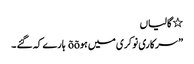
٭ گالیاں
” سرکاری نوکری میں ہوõõ ہارے کہ گئے ۔